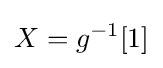
X={g^{-1}}[1]